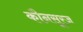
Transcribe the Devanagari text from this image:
कौनसूरज